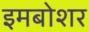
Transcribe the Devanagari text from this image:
इमबोशर